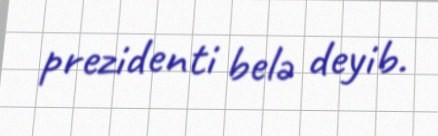
prezidenti belə deyib.